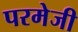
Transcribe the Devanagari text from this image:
परमेजी